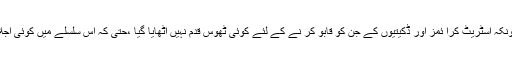
محکمہ پولیس کے علاوہ صوبائی حکومت بھی اس معاملے میں بے بس نظر آتی ہے، کیونکہ اسٹریٹ کرا ئمز اور ڈکیتیوں کے جن کو قابو کر نے کے لئے کوئی ٹھوس قدم نہیں اٹھایا گیا ،حتی کہ اس سلسلے میں کوئی اجلاس تک منعقد نہیں کیا گیا جس سے حکومت کی ناقص کارکردگی بے نقاب ہو گئی ہے ۔